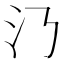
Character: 𣱴